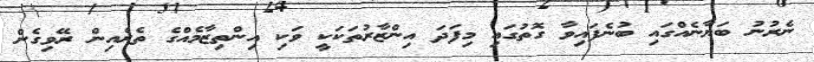
ނެރުނު ބަޔާނެއްގައި ބުނެފައިވާ ގޮތުގައި މިފަދަ އިންޒާރުތަކަކީ ވަކި އިންތިޒާމެއްގެ ތެރެއިން ރޭވިގެން